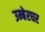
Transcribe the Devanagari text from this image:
उम्बेरघर